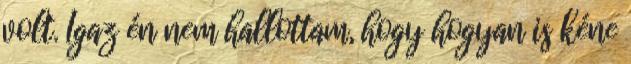
volt. Igaz én nem hallottam, hogy hogyan is kéne